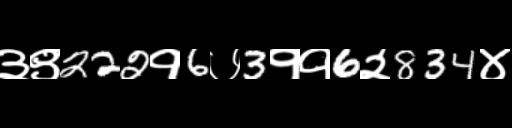
Text: ३९222१6७3११6२834४